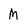
Character: M